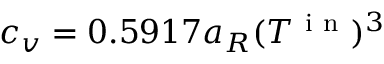
c _ { v } = 0 . 5 9 1 7 a _ { R } ( T ^ { \mathrm { ~ i ~ n ~ } } ) ^ { 3 }